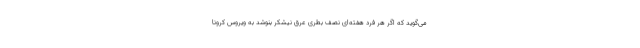
می‌گوید که اگر هر فرد هفته‌ای نصف بطری عرق نیشکر بنوشد به ویروس کرونا